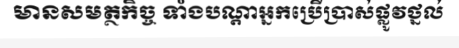
មានសមត្ថកិច្ច ទាំងបណ្តាអ្នកប្រើប្រាស់ផ្លូវថ្នល់